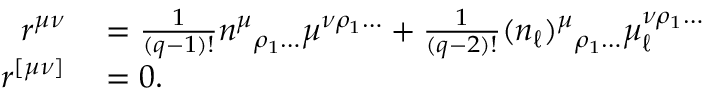
\begin{array} { r l } { r ^ { \mu \nu } } & { { } = \frac { 1 } { ( q - 1 ) ! } n ^ { \mu } { } _ { \rho _ { 1 } \ldots } \mu ^ { \nu \rho _ { 1 } \ldots } + \frac { 1 } { ( q - 2 ) ! } ( n _ { \ell } ) ^ { \mu } { } _ { \rho _ { 1 } \ldots } \mu _ { \ell } ^ { \nu \rho _ { 1 } \ldots } } \\ { r ^ { [ \mu \nu ] } } & { { } = 0 . } \end{array}